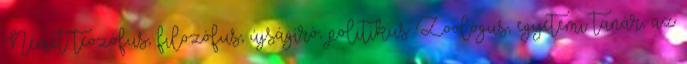
Német teozófus, filozófus, újságíró, politikus Zoológus, egyetemi tanár, az